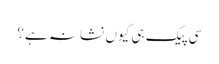
سی پیک ہی کیوں نشانہ ہے؟